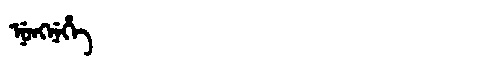
Manchu: ᠨᡠᠩᠨᡝᡥᡝ
Romanization: NUNGNEHE